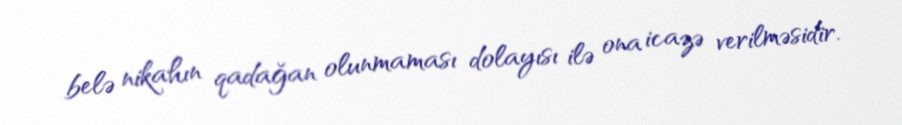
belə nikahın qadağan olunmaması dolayısı ilə ona icazə verilməsidir.